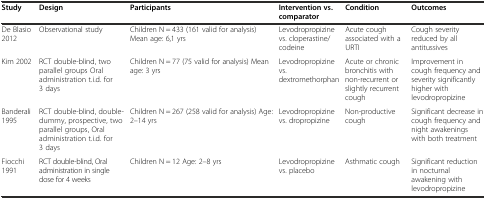
| Study | Design | Participants | Intervention vs. comparator | Condition | Outcomes |
 | --- | --- | --- | --- | --- | --- |
 | De Blasio 2012 | Observational study | Children N = 433 (161 valid for analysis) Mean age: 6,1 yrs | Levodropropizine vs. cloperastine/codeine | Acute cough associated with a URTI | Cough severity reduced by all antitussives |
 | Kim 2002 | RCT double-blind, two parallel groups Oral administration t.i.d. for 3 days | Children N = 77 (75 valid for analysis) Mean age: 3 yrs | Levodropropizine vs. dextromethorphan | Acute or chronic bronchitis with non-recurrent or slightly recurrent cough | Improvement in cough frequency and severity significantly higher with levodropropizine |
 | Banderali 1995 | RCT double-blind, double-dummy, prospective, two parallel groups, Oral administration t.i.d. for 3 days | Children N = 267 (258 valid for analysis) Age: 2–14 yrs | Levodropropizine vs. dropropizine | Non-productive cough | Significant decrease in cough frequency and night awakenings with both treatment |
 | Fiocchi 1991 | RCT double-blind, Oral administration in single dose for 4 weeks | Children N = 12 Age: 2–8 yrs | Levodropropizine vs. placebo | Asthmatic cough | Significant reduction in nocturnal awakening with levodropropizine |